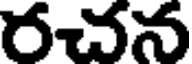
రచన